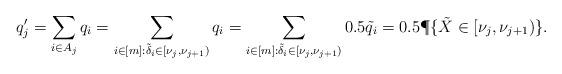
LaTeX: \begin{align*}q'_j &= \sum_{i \in A_j} q_i = \sum_{i \in [m]: \tilde{\delta}_i \in [\nu_j, \nu_{j+1})} q_i = \sum_{i \in [m]: \tilde{\delta}_i \in [\nu_j, \nu_{j+1})} 0.5 \tilde{q}_i= 0.5 \P\{ \tilde{X} \in [\nu_j, \nu_{j+1} )\}.\end{align*}